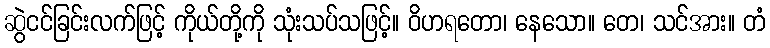
ဆွဲငင်ခြင်းလက်ဖြင့် ကိုယ်တို့ကို သုံးသပ်သဖြင့်။ ဝိဟရတော၊ နေသော။ တေ၊ သင်အား။ တံ